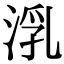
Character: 㳶